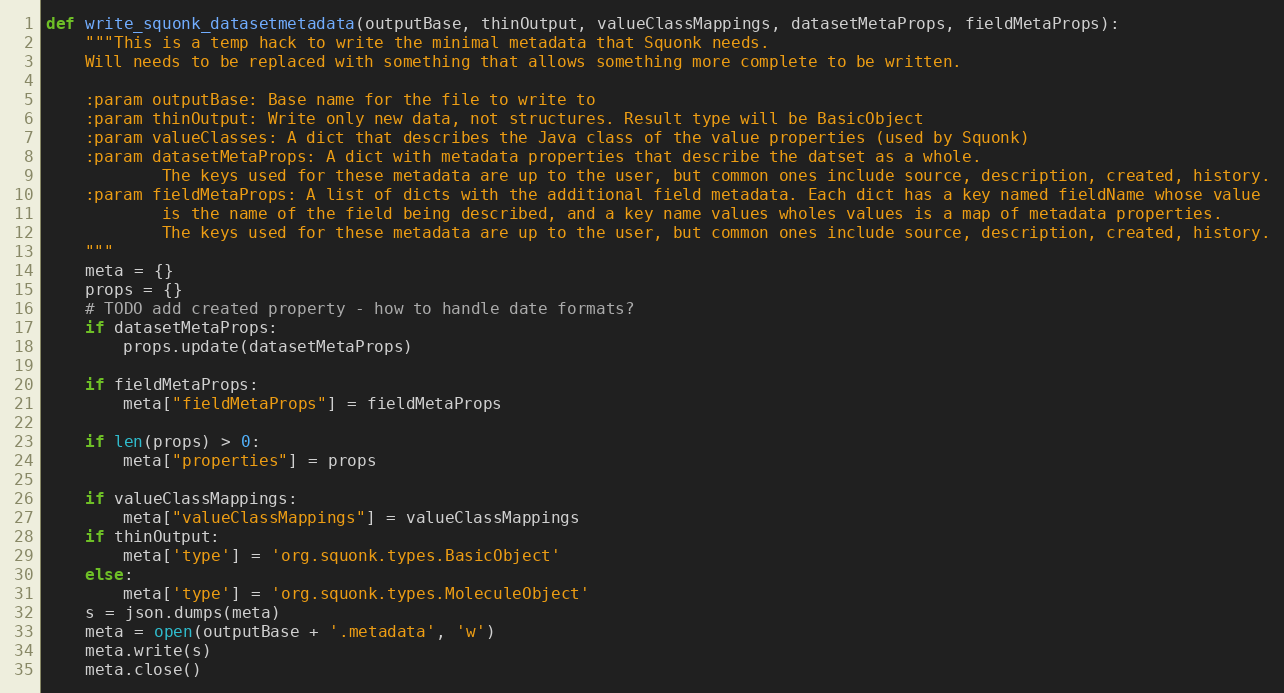
Language: Python
def write_squonk_datasetmetadata(outputBase, thinOutput, valueClassMappings, datasetMetaProps, fieldMetaProps):
    """This is a temp hack to write the minimal metadata that Squonk needs.
    Will needs to be replaced with something that allows something more complete to be written.

    :param outputBase: Base name for the file to write to
    :param thinOutput: Write only new data, not structures. Result type will be BasicObject
    :param valueClasses: A dict that describes the Java class of the value properties (used by Squonk)
    :param datasetMetaProps: A dict with metadata properties that describe the datset as a whole.
            The keys used for these metadata are up to the user, but common ones include source, description, created, history.
    :param fieldMetaProps: A list of dicts with the additional field metadata. Each dict has a key named fieldName whose value
            is the name of the field being described, and a key name values wholes values is a map of metadata properties.
            The keys used for these metadata are up to the user, but common ones include source, description, created, history.
    """
    meta = {}
    props = {}
    # TODO add created property - how to handle date formats?
    if datasetMetaProps:
        props.update(datasetMetaProps)

    if fieldMetaProps:
        meta["fieldMetaProps"] = fieldMetaProps

    if len(props) > 0:
        meta["properties"] = props

    if valueClassMappings:
        meta["valueClassMappings"] = valueClassMappings
    if thinOutput:
        meta['type'] = 'org.squonk.types.BasicObject'
    else:
        meta['type'] = 'org.squonk.types.MoleculeObject'
    s = json.dumps(meta)
    meta = open(outputBase + '.metadata', 'w')
    meta.write(s)
    meta.close()